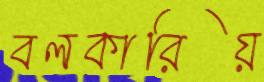
বলকারিয়